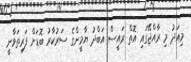
މިއަދު މި ރާއްޖޭގައި އޮތް ރައީސް އަބްދު ޔާމީންގެ ސަރުކާރު ބޮޑަށް ފަރިތަވާނީ